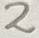
Text: 2